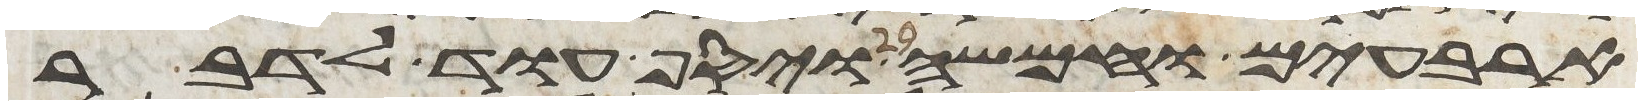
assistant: ארבעים וחמשה ויסף עוד לדבר